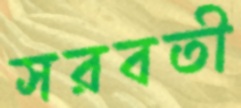
সরবতী